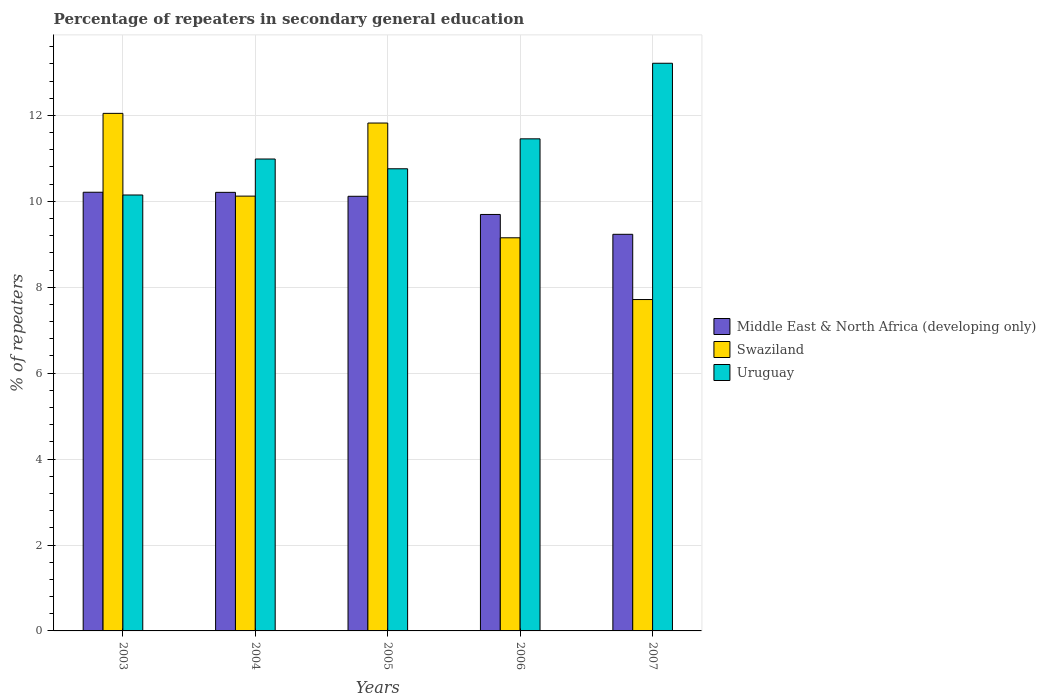
| Years | Middle East & North Africa (developing only) | Swaziland | Uruguay |
 | --- | --- | --- | --- |
 | 2003 | 10.2 | 12 | 10.1 |
 | 2004 | 10.2 | 10.1 | 11 |
 | 2005 | 10.1 | 11.8 | 10.8 |
 | 2006 | 9.69 | 9.15 | 11.5 |
 | 2007 | 9.23 | 7.71 | 13.2 |